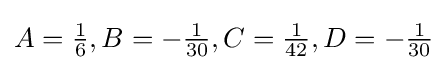
\textstyle A={\frac {1}{6}},B=-{\frac {1}{30}},C={\frac {1}{42}},D=-{\frac {1}{30}}